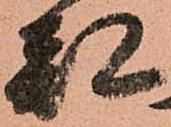
都